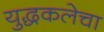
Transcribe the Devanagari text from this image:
युद्धकलेचा